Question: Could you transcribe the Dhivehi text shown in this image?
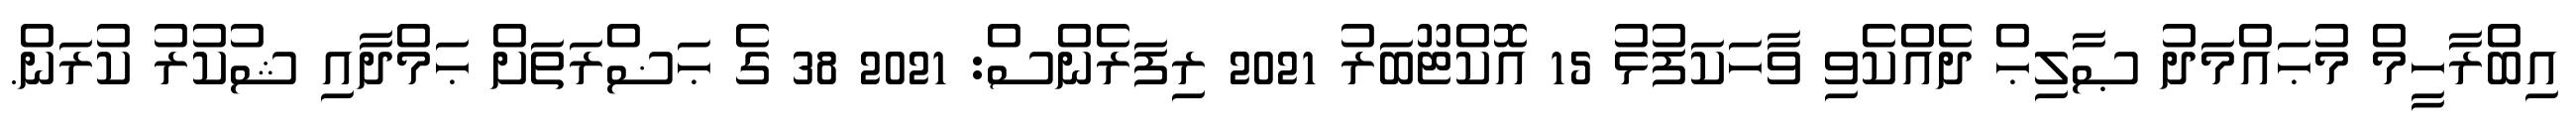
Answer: އިބްރާހީމް މުޙައްމަދު ޞާލިޙް ދެއްކެވި ވާހަކަފުޅު 15 އޮކްޓޫބަރު 2021 ރިފަރެންސް: 2021 38 ގެ ޙަޟްރަތަށް ޙަމްދާއި ޝުކުރު ކުރަން.